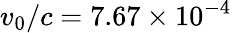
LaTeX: v_{0}/c=7.67\times 10^{-4}